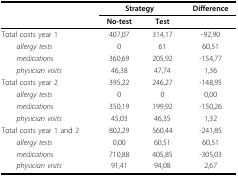
<table><thead><tr><td></td><td colspan="2"><b>Strategy</b></td><td><b>Difference</b></td></tr><tr><td></td><td><b>No-test</b></td><td><b>Test</b></td><td></td></tr></thead><tbody><tr><td>Total costs year 1</td><td>407,07</td><td>314,17</td><td>-92,90</td></tr><tr><td> <i>allergy tests</i></td><td>0</td><td>61</td><td>60,51</td></tr><tr><td> <i>medications</i></td><td>360,69</td><td>205,92</td><td>-154,77</td></tr><tr><td> <i>physician visits</i></td><td>46,38</td><td>47,74</td><td>1,36</td></tr><tr><td>Total costs year 2</td><td>395,22</td><td>246,27</td><td>-148,95</td></tr><tr><td> <i>allergy tests</i></td><td>0</td><td>0</td><td>0,00</td></tr><tr><td> <i>medications</i></td><td>350,19</td><td>199,92</td><td>-150,26</td></tr><tr><td> <i>physician visits</i></td><td>45,03</td><td>46,35</td><td>1,32</td></tr><tr><td>Total costs year 1 and 2</td><td>802,29</td><td>560,44</td><td>-241,85</td></tr><tr><td> <i>allergy tests</i></td><td>0,00</td><td>60,51</td><td>60,51</td></tr><tr><td> <i>medications</i></td><td>710,88</td><td>405,85</td><td>-305,03</td></tr><tr><td> <i>physician visits</i></td><td>91,41</td><td>94,08</td><td>2,67</td></tr></tbody></table>